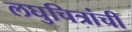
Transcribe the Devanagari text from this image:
लघुचित्रांची